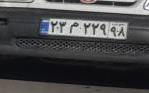
۲۳م۲۲۹۹۸